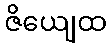
ဇိယျေထ